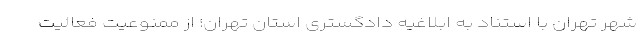
شهر تهران با استناد به ابلاغیه دادگستری استان تهران؛ از ممنوعیت فعالیت